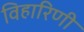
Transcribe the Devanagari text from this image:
विहारिणी